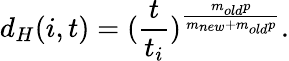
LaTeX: d_{H}(i,t)=(\frac{t}{t_{i}})^{\frac{m_{old}p}{m_{new}+m_{old}p}}.